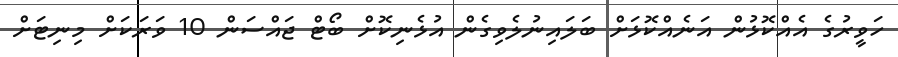
ހަވީރުގެ އެއްކޮޅުން އަނެއްކޮޅަށް ބަލައިނުލެވިގެން އުޅެނިކޮށް ބޯޓް ޖައްސަން 10 ވަރަކަށް މިނިޓަށް